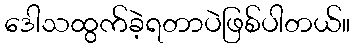
ဒေါသထွက်ခဲ့ရတာပဲဖြစ်ပါတယ်။